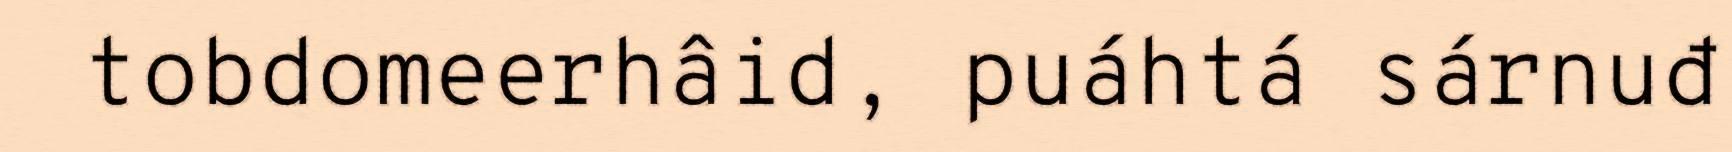
tobdomeerhâid, puáhtá sárnuđ